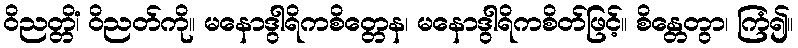
ဝိညတ္တိံ၊ ဝိညတ်ကို။ မနောဒွါရိကစိတ္တေန၊ မနောဒွါရိကစိတ်ဖြင့်။ စိန္တေတွာ၊ ကြံ၍။